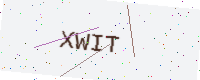
Text: XWIT